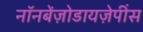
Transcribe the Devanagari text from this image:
नॉनबेंज़ोडायज़ेपींस